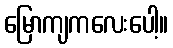
မြောကျကလေးပေါ့။